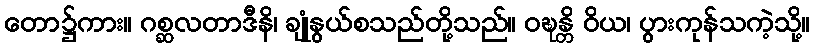
တော၌ကား။ ဂစ္ဆလတာဒီနိ၊ ချုံနွယ်စသည်တို့သည်။ ဝဍ္ဎန္တိ ဝိယ၊ ပွားကုန်သကဲ့သို့။